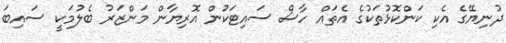
ދުނިޔޭގެ އެކި ކަންކޮޅުތަކުގެ އެތައް ހާސް ސައިޓަކުން އޮރިޔާން މަންޒަރު ބެލުމަކީ ސައިބަ